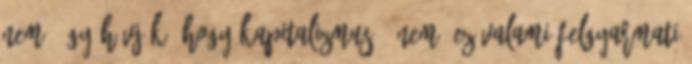
nem "Úgy hívják, hogy kapitalizmus." nem, ez valami felgyarmati